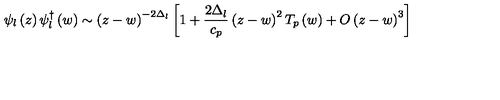
\psi _ { l } \left( z \right) \psi _ { l } ^ { \dagger } \left( w \right) \sim \left( z - w \right) ^ { - 2 \Delta _ { l } } \left[ 1 + \frac { 2 \Delta _ { l } } { c _ { p } } \left( z - w \right) ^ { 2 } T _ { p } \left( w \right) + O \left( z - w \right) ^ { 3 } \right]